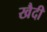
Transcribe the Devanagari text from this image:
खैदी